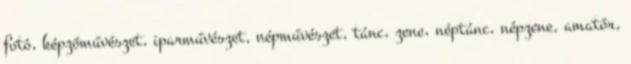
fotó, képzőművészet, iparművészet, népművészet, tánc, zene, néptánc, népzene, amatőr,